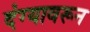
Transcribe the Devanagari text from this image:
दंग्यावरून